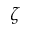
\zeta